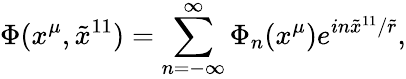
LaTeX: \Phi(x^{\mu},{\tilde{x}}^{11})=\sum_{n=-\infty}^{\infty}\Phi_{n}(x^{\mu})e^{in{\tilde{x}}^{11}/{\tilde{r}}},